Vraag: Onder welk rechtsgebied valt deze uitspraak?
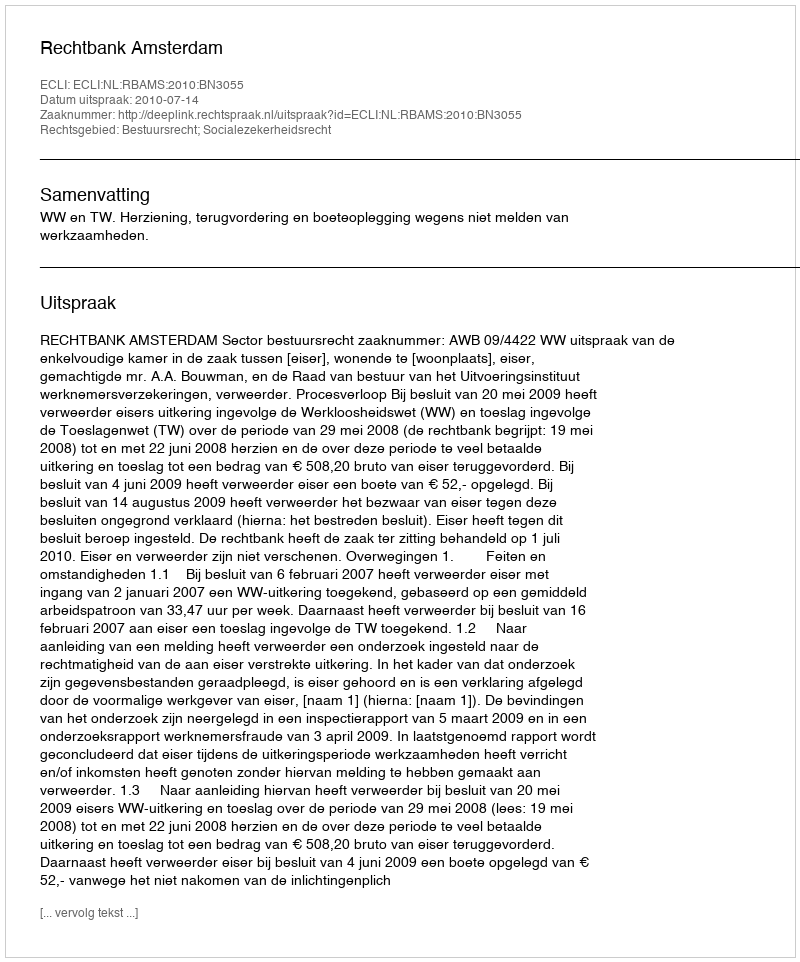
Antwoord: Bestuursrecht; Socialezekerheidsrecht